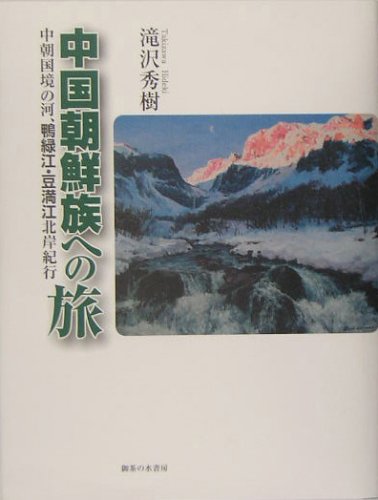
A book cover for Trip to China Koreans - River during morning border, Yalu River, Tumen River north coast travelogue (2005) ISBN: 427500373X [Japanese Import]; Travel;